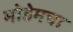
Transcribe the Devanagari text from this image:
मोडेमचा